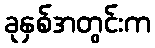
ခုနှစ်အတွင်းက